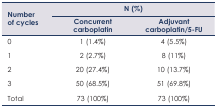
| <ROWSPAN=2> Number of cycles | <COLSPAN=2> N (%) |
 | Concurrent carboplatin | Adjuvant carboplatin/5-FU |
 | --- | --- | --- |
 | 0 | 1 (1.4%) | 4 (5.5%) |
 | 1 | 2 (2.7%) | 8 (11%) |
 | 2 | 20 (27.4%) | 10 (13.7%) |
 | 3 | 50 (68.5%) | 51 (69.8%) |
 | Total | 73 (100%) | 73 (100%) |